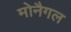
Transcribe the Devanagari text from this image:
मोनैगल